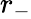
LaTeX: r_{-}